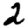
Digit: 2